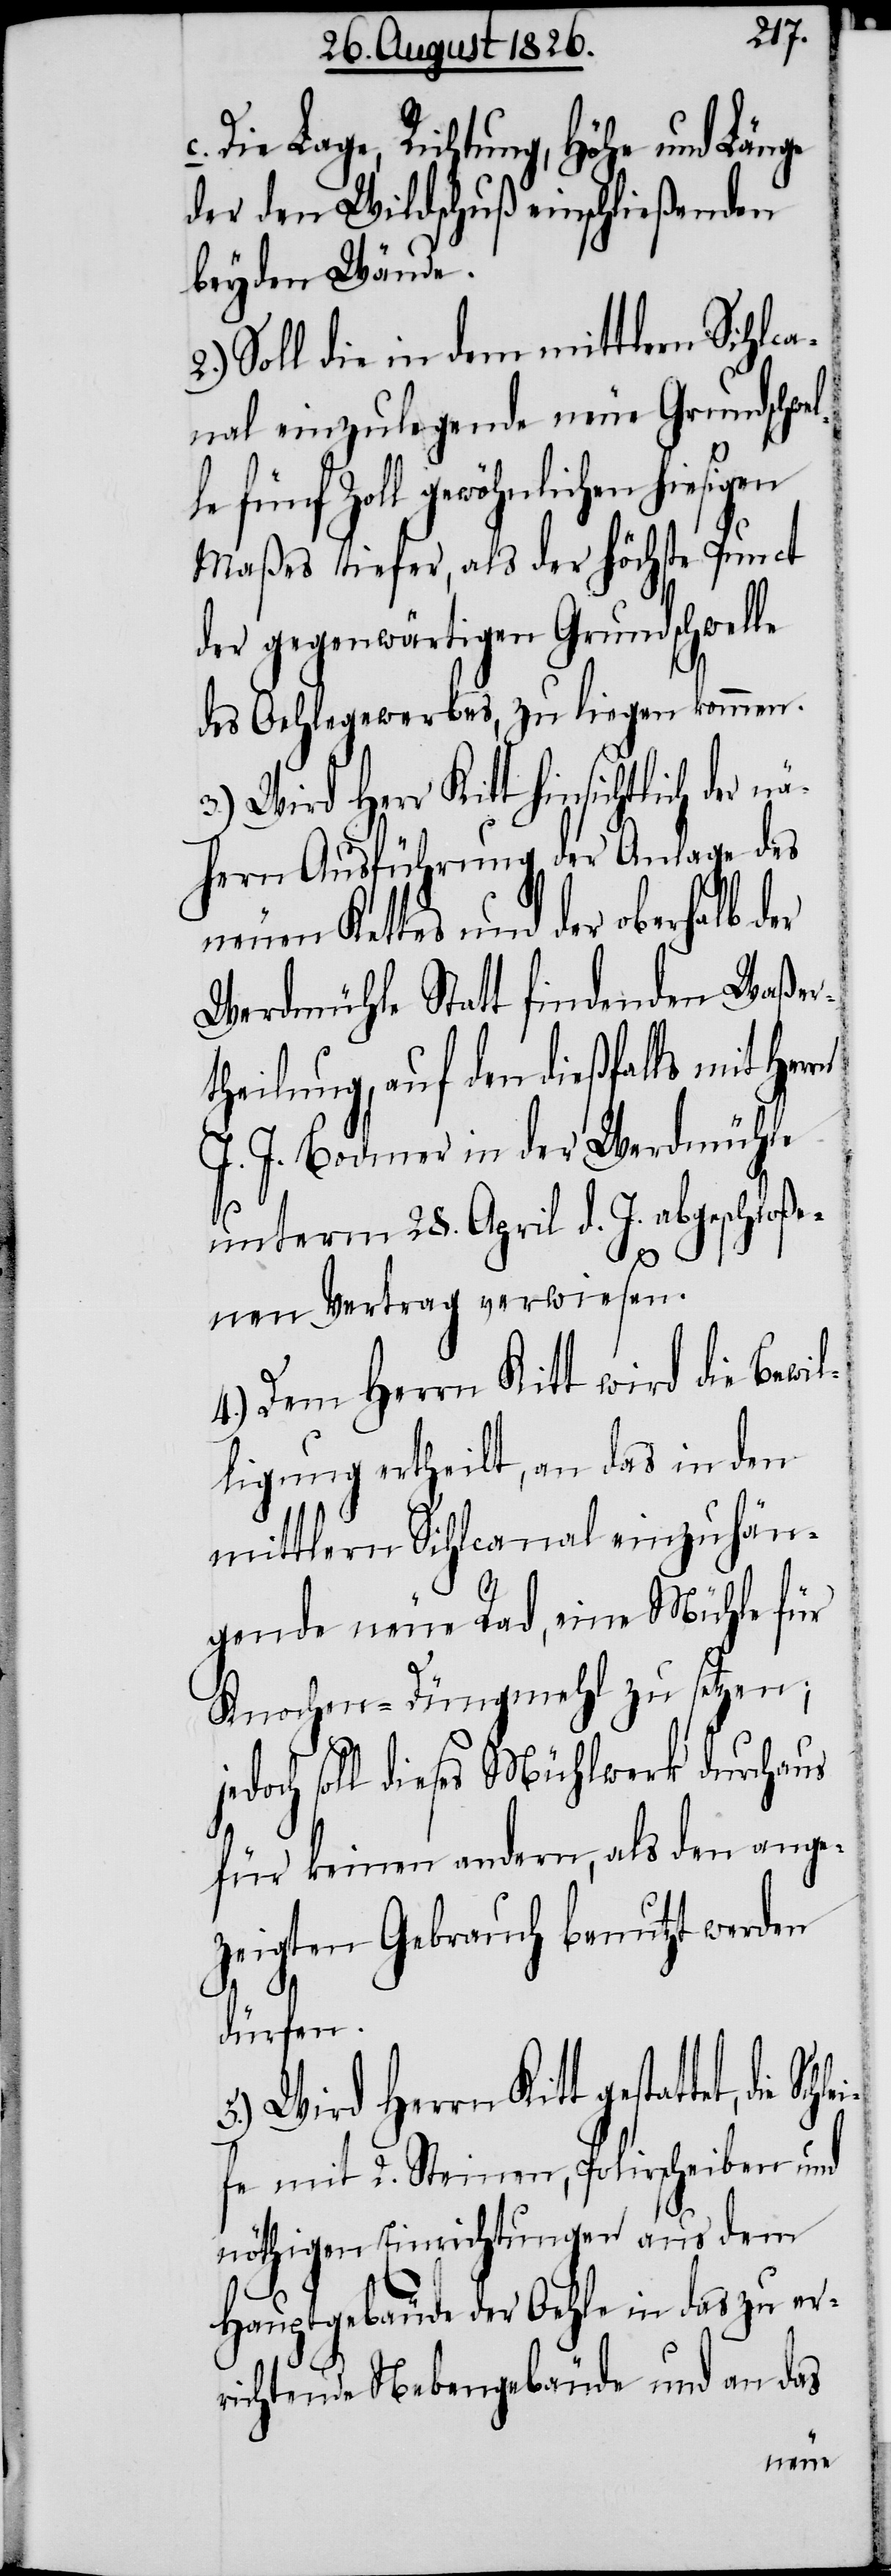
Die Lage, Richtung, Höhe und Länge
der den Wildschuß einschließenden
beyden Wände.
Soll die in dem mittlern Sihlca¬
nal einzulegende neue Grundschwel¬
e fünf Zoll gewöhnlichen hie¬
Maßes tiefer, als der höchste Punct
der gegenwärtigen Grundschwelle
des Oehlegewerbes, zu liegen kommen.
hern Ausführung der Anlage des
neuen Kettes und der oberhalb der
Werdmühle Statt findenden Waßer¬
theilung, auf den dießfalls mit Her¬
J. J. Bodmer in der Werdmühle
unterm 28. April d. J. abgeschloße¬
nen Vertrag verwiesen.
4.) Dem Herrn Kitt wird die Bewil¬
ligung ertheilt, an das in den
mittlern Sihlcanal einzuhän¬
gende neue Rad, eine Mühle für
Knochen-Düngmehl zu setzen;
edoch soll dieses Mühlwerk durchaus
für keinen andern, als den ange¬
zeigten Gebrauch benutzt werden
dürfen.
5.) Wird Herrn Kitt gestattet, die
mit 2. Steinen, Polirscheiben, und
nöthigen Einrichtungen aus dem
Hauptgebäude der Oehle in das zu er¬
richtende Nebengebäude und an das
sigen

j¬